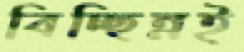
বিচ্ছিন্নই